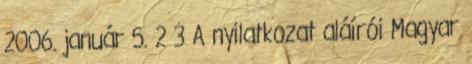
2006. január 5. 2 3 A nyilatkozat aláírói Magyar